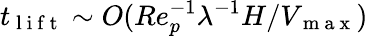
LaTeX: t_{\mathrm{~l~i~f~t~}}\sim O(Re_{p}^{-1}\lambda^{-1}H/V_{\mathrm{~m~a~x~}})